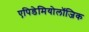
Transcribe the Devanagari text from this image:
एपिडेमियोलॉजिक